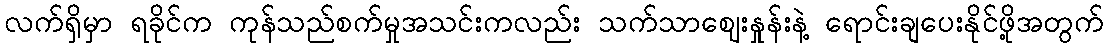
လက်ရှိမှာ ရခိုင်က ကုန်သည်စက်မှုအသင်းကလည်း သက်သာဈေးနှုန်းနဲ့ ရောင်းချပေးနိုင်ဖို့အတွက်